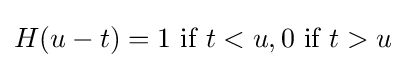
H(u-t)=1{\text{ if }}t<u,0{\text{ if }}t>u